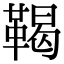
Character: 鞨